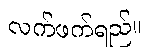
လက်ဖက်ရည်။